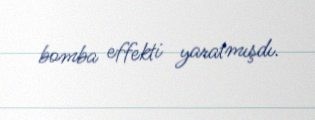
bomba effekti yaratmışdı.